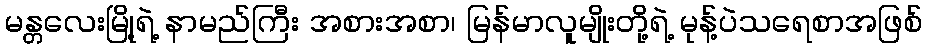
မန္တလေးမြို့ရဲ့ နာမည်ကြီး အစားအစာ၊ မြန်မာလူမျိုးတို့ရဲ့ မုန့်ပဲသရေစာအဖြစ်